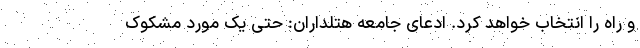
و راه را انتخاب خواهد کرد. ادعای جامعه هتلداران: حتی یک مورد مشکوک